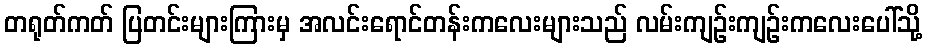
တရုတ်ကတ် ပြတင်းများကြားမှ အလင်းရောင်တန်းကလေးများသည် လမ်းကျဉ်းကျဉ်းကလေးပေါ်သို့